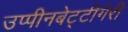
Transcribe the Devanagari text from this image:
उप्पीनबेट्टीगेरी